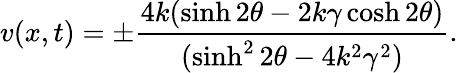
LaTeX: v(x,t)=\pm\frac{4k(\sinh 2\theta-2k\gamma\cosh 2\theta)}{(\sinh^{2}2\theta-4k^{2}\gamma^{2})}.